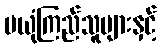
မယုံကြည်သူများနှင့်